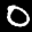
Label: 0